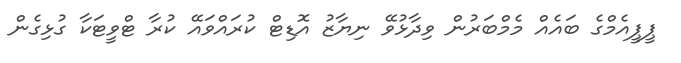
ޕީޕީއެމްގެ ބައެއް މެމްބަރުން ވިދާޅުވޭ ނިޔާޒު އޮޑިޓް ކުރައްވައޭ ކުރާ ޓްވީޓަކާ ގުޅިގެން